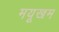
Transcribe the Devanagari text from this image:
मयूखम